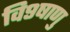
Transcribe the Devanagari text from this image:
वि९षाणु